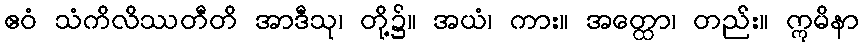
ဧဝံ သံကိလိဿတီတိ အာဒီသု၊ တို့၌။ အယံ၊ ကား။ အတ္ထော၊ တည်း။ ဣမိနာ